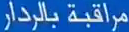
مراقبة بالرادار